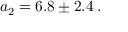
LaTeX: a _ { 2 } ^ { \phantom { l } } = 6 . 8 \pm 2 . 4 \; .